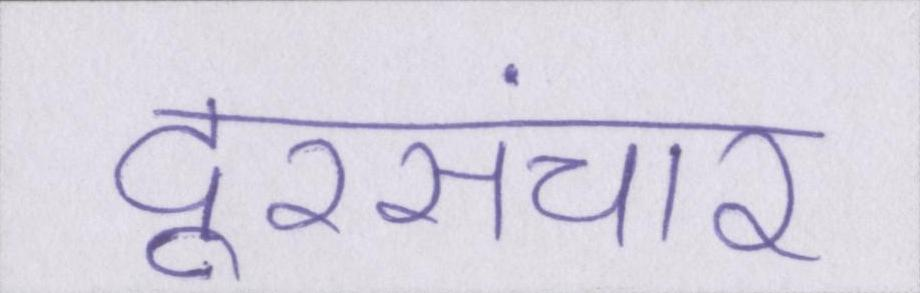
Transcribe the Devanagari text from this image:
दूरसंचार